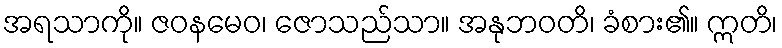
အရသာကို။ ဇဝနမေဝ၊ ဇောသည်သာ။ အနုဘဝတိ၊ ခံစား၏။ ဣတိ၊